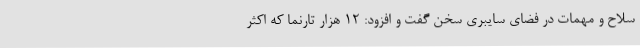
سلاح و مهمات در فضای سایبری سخن گفت و افزود: ۱۲ هزار تارنما که اکثر